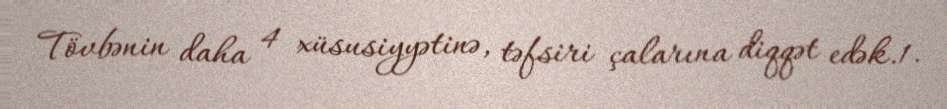
Tövbənin daha 4 xüsusiyyətinə, təfsiri çalarına diqqət edək.1.